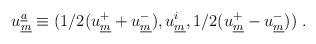
LaTeX: \begin{align*}u_{\underline{m}} ^{\underline{a}} \equiv (1/2(u_{\underline{m}}^{+}+ u_{\underline{m}}^{-}), u_{\underline{m}}^i, 1/2 (u_{\underline{m}}^{+} - u_{\underline{m}}^{-}))\; .\end{align*}